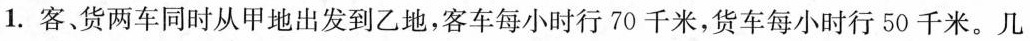
1.客、货两车同时从甲地出发到乙地，客车每小时行70千米，货车每小时行50千米。几